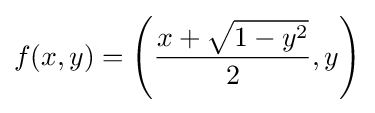
f(x,y)=\left({\frac {x+{\sqrt {1-y^{2}}}}{2}},y\right)